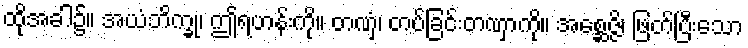
ထိုအခါ၌။ အယံဘိက္ခု၊ ဤရဟန်းကို။ တဏှံ၊ တပ်ခြင်းတဏှာကို။ အစ္ဆေဇ္ဇိ၊ ဖြတ်ပြီးသော